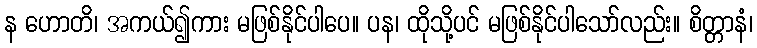
န ဟောတိ၊ အကယ်၍ကား မဖြစ်နိုင်ပါပေ။ ပန၊ ထိုသို့ပင် မဖြစ်နိုင်ပါသော်လည်း။ စိတ္တာနံ၊